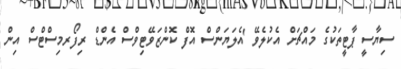
ސިޔާސީ ޕާޓީތަކުގެ މައްޗަށް އެކުލެވޭ 'އެލަޔަންސް އޮފް ކޮންޒަވޭޓިވްސް އެންޑް ރިފޯރމިސްޓްސް އިން